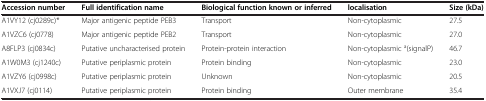
| Accession number | Full identification name | Biological function known or inferred | localisation | Size (kDa) |
 | --- | --- | --- | --- | --- |
 | A1VY12 (cj0289c)* | Major antigenic peptide PEB3 | Transport | Non-cytoplasmic | 27.5 |
 | A1VZC6 (cj0778) | Major antigenic peptide PEB2 | Transport | Non-cytoplasmic | 27.0 |
 | A8FLP3 (cj0834c) | Putative uncharacterised protein | Protein-protein interaction | Non-cytoplasmic a(signalP) | 46.7 |
 | A1W0M3 (cj1240c) | Putative periplasmic protein | Protein binding | Non-cytoplasmic | 23.0 |
 | A1VZY6 (cj0998c) | Putative periplasmic protein | Unknown | Non-cytoplasmic | 20.5 |
 | A1VXJ7 (cj0114) | Putative periplasmic protein | Protein binding | Outer membrane | 35.4 |